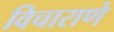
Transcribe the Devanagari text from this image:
विचाराणे